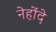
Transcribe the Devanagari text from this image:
नेहोंदे